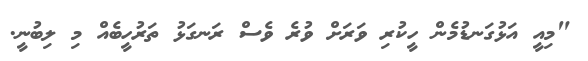
"މިއީ އަޅުގަނޑުމެން ހީކުރި ވަރަށް ވުރެ ވެސް ރަނގަޅު ތަރުހީބެއް މި ލިބުނީ.